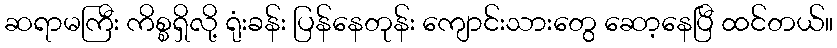
ဆရာမကြီး ကိစ္စရှိလို့ ရုံးခန်း ပြန်နေတုန်း ကျောင်းသားတွေ ဆော့နေပြီ ထင်တယ်။